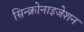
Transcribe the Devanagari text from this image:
सिन्क्रोनाइजेशन